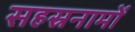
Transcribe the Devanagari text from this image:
सहस्रनामों